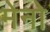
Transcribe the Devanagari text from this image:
मेनो